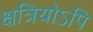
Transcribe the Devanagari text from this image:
क्षत्रियोऽपि